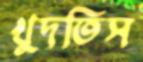
খুদতিস